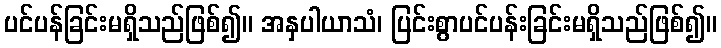
ပင်ပန်ခြင်းမရှိသည်ဖြစ်၍။ အနှပါယာသံ၊ ပြင်းစွာပင်ပန်းခြင်းမရှိသည်ဖြစ်၍။